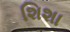
શિશા